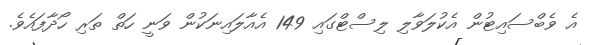
އެ ވެބްސައިޓުން އެކުލަވާލި ލިސްޓްގައި 149 އެއާލައިނަކުން ވަނީ ހަތް ތަރި ހޯދާފައެވެ.